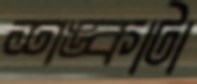
শঙ্কাটা